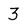
Character: 3